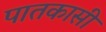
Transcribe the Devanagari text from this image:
पातकासी